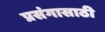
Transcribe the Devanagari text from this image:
प्रसंगासाठी